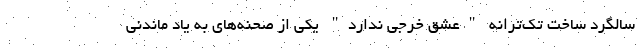
سالگرد ساخت تک‌ترانه "عشق خرجی ندارد" یکی از صحنه‌های به یاد ماندنی